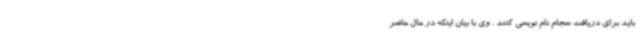
باید برای دریافت سجام نام نویسی کنند . وی با بیان اینکه در حال حاضر